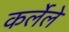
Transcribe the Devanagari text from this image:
कर्लेले